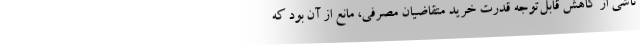
ناشی از کاهش قابل‌توجه قدرت خرید متقاضیان مصرفی، مانع از آن بود که